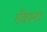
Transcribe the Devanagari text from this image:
गँवाना